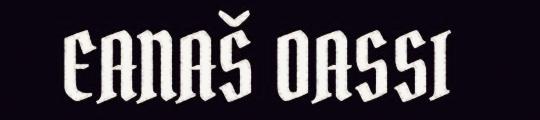
EANAŠ OASSI